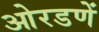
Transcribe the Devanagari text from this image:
ओरडणें